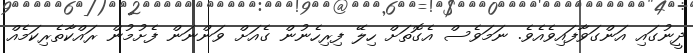
ދީނުގައި އަންގަވާފައިވެއެވެ. ނަމަވެސް އެގޮތަށް ހިލޭ ފިރިހެނުން ގެއަށް ވަންނަން ފެށުމުން ރައްކާތެރިކަމެއް